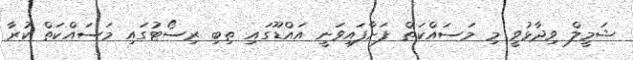
ޝަމީލް ވިދާޅުވީ މި މަސައްކަތް ފަށާފައިވަނީ އައްޑޫގައި ތިބި ރިސޯޓުގައި މަސައްކަތް ކުރާ